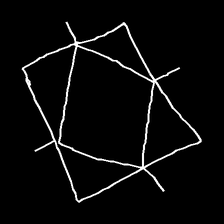
Glyph: light